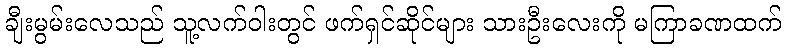
ချီးမွမ်းလေသည် သူ့လက်ဝါးတွင် ဖက်ရှင်ဆိုင်များ သားဦးလေးကို မကြာခဏထက်